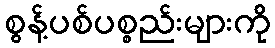
စွန့်ပစ်ပစ္စည်းများကို